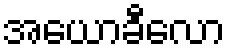
အယောခီလော